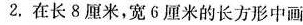
2，在长8厘米，宽6厘米的长方形中画